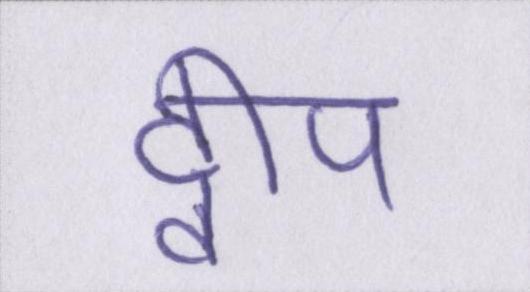
द्वीप